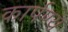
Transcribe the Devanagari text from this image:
कार्पण्य